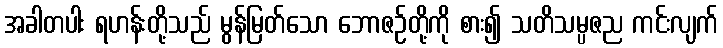
အခါတပါး ရဟန်းတို့သည် မွန်မြတ်သော ဘောဇဉ်တို့ကို စား၍ သတိသမ္ပဇည ကင်းလျက်